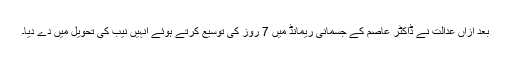
بعد ازاں عدالت نے ڈاکٹر عاصم کے جسمانی ریمانڈ میں 7 روز کی توسیع کرتے ہوئے انہیں نیب کی تحویل میں دے دیا۔